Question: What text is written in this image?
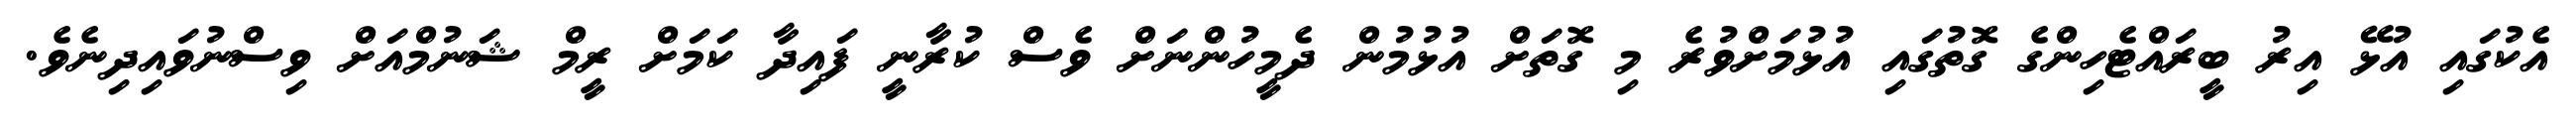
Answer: އެކުގައި އުޅޭ އިރު ބީރައްޓެހިންގެ ގޮތުގައި އުޅުމަށްވުރެ މި ގޮތަށް އުޅުމުން ދެމީހުންނަށް ވެސް ކުރާނީ ފައިދާ ކަމަށް ރީމް ޝަނުމްއަށް ވިސްނުވައިދިނެވެ.